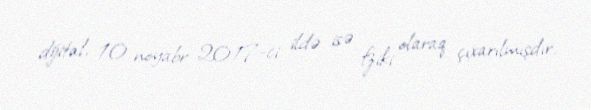
dijital, 10 noyabr 2017-ci ildə isə fziki olaraq çıxarılmışdır.